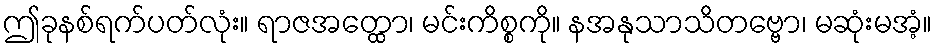
ဤခုနစ်ရက်ပတ်လုံး။ ရာဇအတ္ထော၊ မင်းကိစ္စကို။ နအနုသာသိတဗ္ဗော၊ မဆုံးမအံ့။